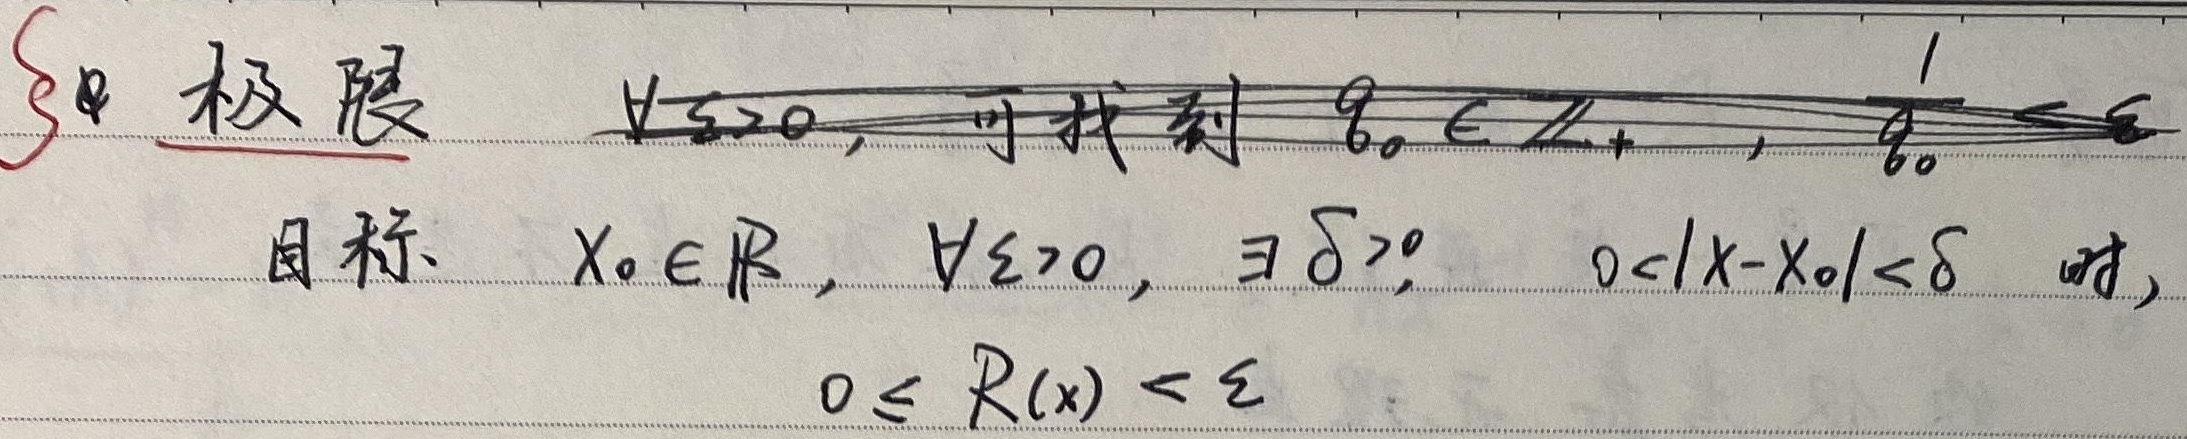
§8 极限

对于\(\forall \varepsilon>0\)，可找到\(q_0 \in \mathbb{Z}_+\)，使得\(\frac{1}{q_0}<\varepsilon\)。

目标：对于\(x_0 \in \mathbb{R}\)，\(\forall \varepsilon>0\)，\(\exists \delta>0\)，当\(0<|x - x_0|<\delta\) 时，有
\[0 \leq R(x)<\varepsilon\]